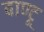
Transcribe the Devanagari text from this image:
बाण्टू